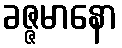
ခဇ္ဇမာနော